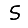
Digit: 5